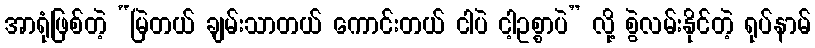
အာရုံဖြစ်တဲ့ “မြဲတယ် ချမ်းသာတယ် ကောင်းတယ် ငါပဲ ငါ့ဥစ္စာပဲ” လို့ စွဲလမ်းနိုင်တဲ့ ရုပ်နာမ်